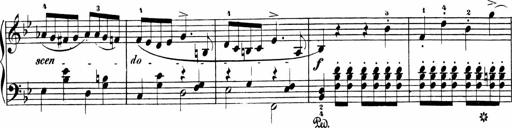
Title: Sonatinas
Composer: Andrew Violette